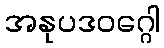
အနုပဒဝဂ္ဂေါ